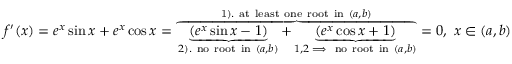
f ^ { \prime } ( x ) = e ^ { x } \sin x + e ^ { x } \cos x = \overbrace { \underbrace { ( e ^ { x } \sin x - 1 ) } _ { 2 ) . \mathrm { ~ n o ~ r o o t ~ i n } \ ( a , b ) } + \underbrace { ( e ^ { x } \cos x + 1 ) } _ { 1 , 2 \implies \mathrm { ~ n o ~ r o o t ~ i n } \ ( a , b ) } } ^ { \mathrm { 1 ) . ~ a t ~ l e a s t ~ o n e ~ r o o t ~ i n } \ ( a , b ) } = 0 , \ x \in ( a , b )